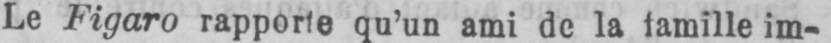
famille im-